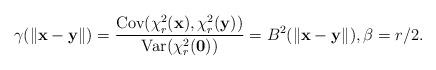
LaTeX: \begin{align*}\gamma(\|\mathbf{x}-\mathbf{y}\|)=\frac{\mbox{Cov}(\chi^{2}_{r}(\mathbf{x}),\chi^{2}_{r}(\mathbf{y}) )}{\mbox{Var}(\chi^{2}_{r}(\mathbf{0}))}=B^{2}(\|\mathbf{x}-\mathbf{y}\|),\beta =r/2.\end{align*}